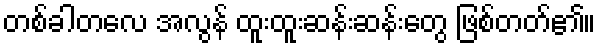
တစ်ခါတလေ အလွန် ထူးထူးဆန်းဆန်းတွေ ဖြစ်တတ်၏။